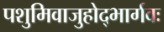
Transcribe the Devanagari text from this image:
पशुमिवाजुहोद्भार्गवः